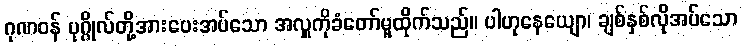
ဂုဏဝန် ပုဂ္ဂိုလ်တို့အားပေးအပ်သော အလှူကိုခံတော်မူထိုက်သည်။ ပါဟုနေယျော၊ ချစ်နှစ်လိုအပ်သော